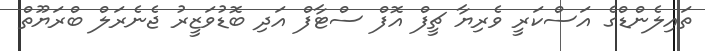
ތައިލެންޑްގެ އަސްކަރީ ވެރިޔާ ޗީފް އޮފް ސްޓާފް އަދި ބޮޑުވަޒީރު ޖެނެރަލް ބްރަޔޫތް